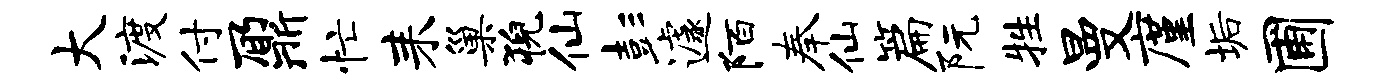
大渡付鼐忙耒巢猊仙彭遽陌奉仙篇阮牲曼廑垢圃